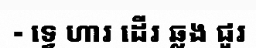
- ទ្វេ ហារ ដើរ ឆ្លង ជួរ